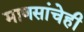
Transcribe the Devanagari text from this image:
माणसांचेही